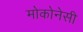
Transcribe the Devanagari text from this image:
मोकोनेसी